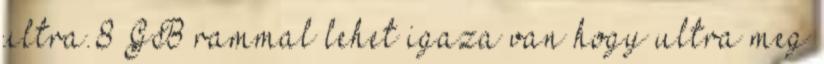
ultra.8 GB rammal lehet igaza van hogy ultra meg